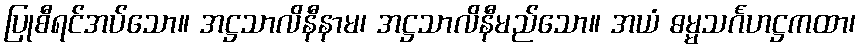
ပြုစီရင်အပ်သော။ အဋ္ဌသာလိနီနာမ၊ အဋ္ဌသာလိနီမည်သော။ အယံ ဓမ္မသင်္ဂဟဋ္ဌကထာ၊